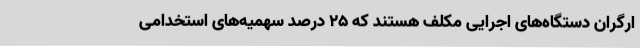
ارگران دستگاه‌های اجرایی مکلف هستند که 25 درصد سهمیه‌های استخدامی